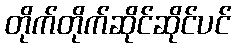
တိုက်တိုက်ဆိုင်ဆိုင်ပင်